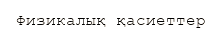
Физикалық қасиеттер